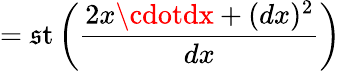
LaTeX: =\operatorname{\mathfrak{s}t}\left({\frac{{2x\cdotdx+(dx)^{2}}}{{dx}}}\right)